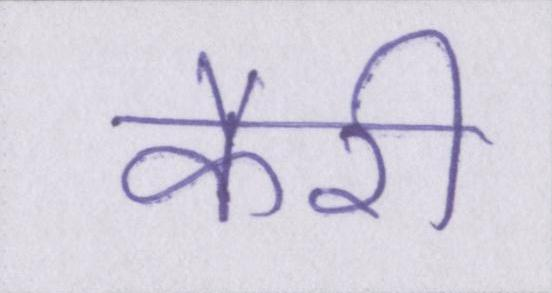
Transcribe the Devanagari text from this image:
कैरी